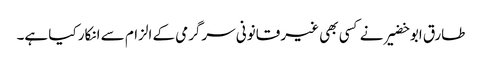
طارق ابو خضیر نے کسی بھی غیر قانونی سرگرمی کے الزام سے انکار کیا ہے۔